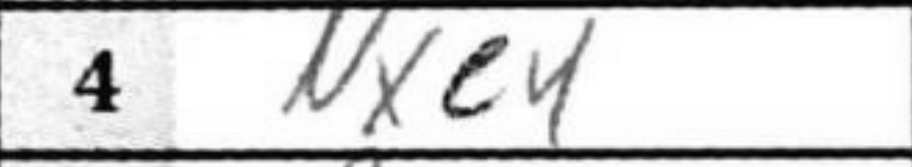
Transcription: Nxe4